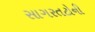
સાગરતટોની